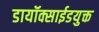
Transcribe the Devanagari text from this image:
डायॉक्साईडयुक्त